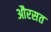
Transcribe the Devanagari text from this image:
औरसत